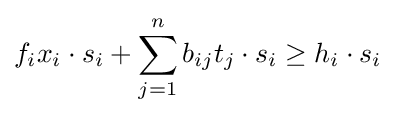
f_{i}x_{i}\cdot s_{i}+\sum _{j=1}^{n}b_{ij}t_{j}\cdot s_{i}\geq h_{i}\cdot s_{i}